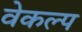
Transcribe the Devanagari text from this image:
वेकल्प